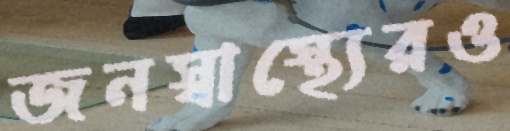
জনস্বাস্থ্যেরও